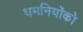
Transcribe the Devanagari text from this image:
धमनियोंको